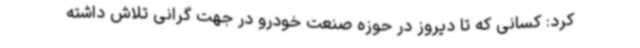
کرد: کسانی که تا دیروز در حوزه صنعت خودرو در جهت گرانی تلاش داشته